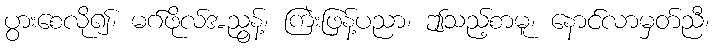
ပွားစေလို၍၊ မဂ်ဖိုလ်အညွန့်၊ ကြဲးဖြန့်ပညာ၊ ဤသည့်စာမူ၊ နောင်လာမှတ်ညီ၊